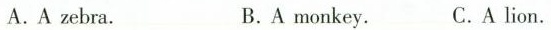
A.A zebra. B.A monkey. C.A lion.